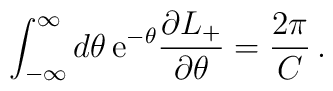
\int ^{\infty }_{-\infty }d\theta \, \mathrm{e}^{-\theta }\frac{\partial L_{+}}{\partial \theta }=\frac{2\pi }{C}\,.